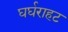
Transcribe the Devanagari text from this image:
घर्घराहट